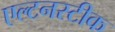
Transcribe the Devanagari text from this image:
एल्टनस्टीक